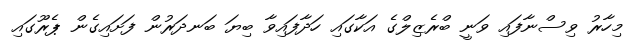
މިހާރު ވިސްނާފައި ވަނީ ބްރެޒިލްގެ އަކާގައި ހަދާފައިވާ ބިޔަ ބަނދަރުން ފަށައިގެން ޕެރޫގައި